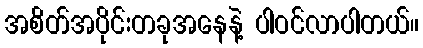
အစိတ်အပိုင်းတခုအနေနဲ့ ပါဝင်လာပါတယ်။